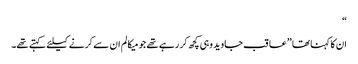
“
ان کا کہنا تھا ”عاقب جاوید وہی کچھ کر رہے تھے جو میکالم ان سے کرنے کیلئے کہتے تھے۔